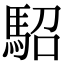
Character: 駋